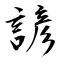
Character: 諺